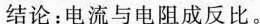
结论：电流与电阻成反比。